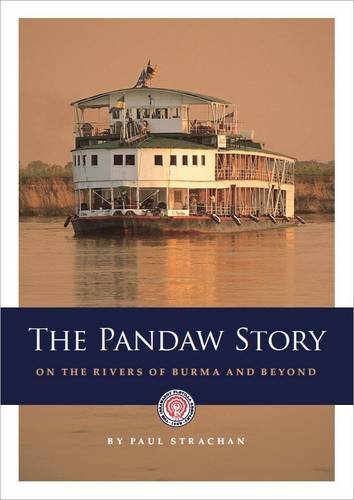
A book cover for The Pandaw Story: On the Rivers of Burma and Beyond; Paul Strachan; Travel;